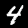
Label: 4